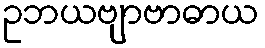
ဥဘယဗျာဗာဓာယ